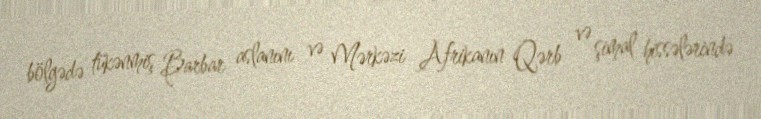
bölgədə tükənmiş Barbar aslanını və Mərkəzi Afrikanın Qərb və şimal hissələrində